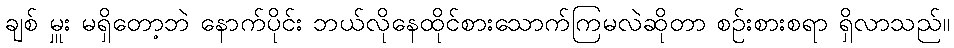
ချစ် မှူး မရှိတော့ဘဲ နောက်ပိုင်း ဘယ်လိုနေထိုင်စားသောက်ကြမလဲဆိုတာ စဉ်းစားစရာ ရှိလာသည်။